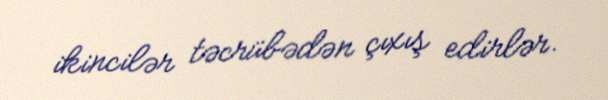
ikincilər təcrübədən çıxış edirlər.